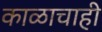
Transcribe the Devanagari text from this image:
काळाचाही